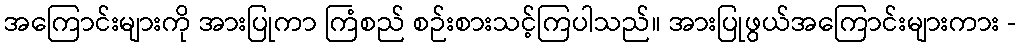
အကြောင်းများကို အားပြုကာ ကြံစည် စဉ်းစားသင့်ကြပါသည်။ အားပြုဖွယ်အကြောင်းများကား -